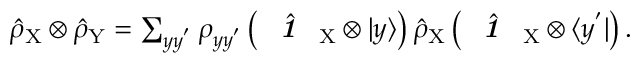
\begin{array} { r } { \hat { \rho } _ { \mathrm { X } } \otimes \hat { \rho } _ { \mathrm { Y } } = \sum _ { y y ^ { ' } } \rho _ { y y ^ { ' } } \left( \hat { \textbf { \textit { 1 } } \, } _ { \! \mathrm { X } } \otimes | y \rangle \right) \hat { \rho } _ { \mathrm { X } } \left( \hat { \textbf { \textit { 1 } } \, } _ { \! \mathrm { X } } \otimes \langle y ^ { ' } | \right) . } \end{array}